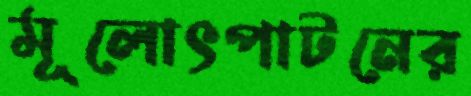
মূলোৎপাটনের